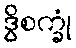
ဒွိစက္ခုံ